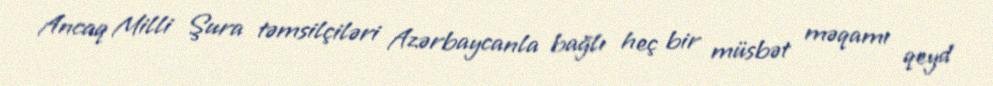
Ancaq Milli Şura təmsilçiləri Azərbaycanla bağlı heç bir müsbət məqamı qeyd